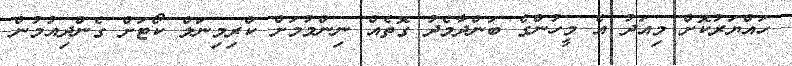
ހައްޔަރުކޮށް މިއަދު އެ މީހުންގެ ބަންދާމެދު ގޮތެއް ނިންމުމަށް ކްރިމިނަލް ކޯޓަށް ގެންދިއުމުން